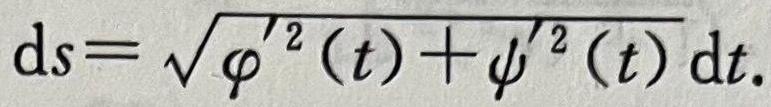
\[
\mathrm{d}s = \sqrt{\varphi^{\prime 2}(t)+\psi^{\prime 2}(t)}\mathrm{d}t.
\]